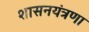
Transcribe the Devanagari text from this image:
शासनयंत्रणा